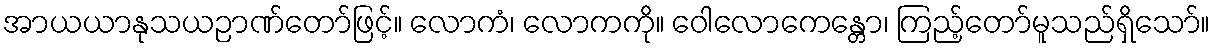
အာယယာနုသယဉာဏ်တော်ဖြင့်။ လောကံ၊ လောကကို။ ဝေါလောကေန္တော၊ ကြည့်တော်မူသည်ရှိသော်။